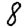
Digit: 8